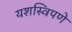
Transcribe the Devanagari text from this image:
यशस्विपणे